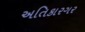
અતિકારગર